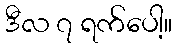
ဒီလ ၇ ရက်ပေါ့။